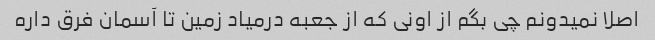
اصلا نمیدونم چی بگم از اونی که از جعبه درمیاد زمین تا آسمان فرق داره